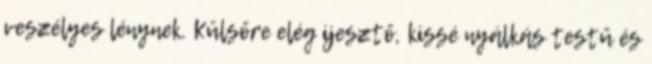
veszélyes lénynek. Külsőre elég ijesztő, kissé nyálkás testű és